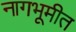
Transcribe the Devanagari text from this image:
नागभूमीत